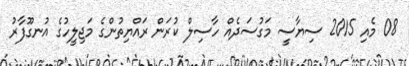
08 މެއި 2015 ސިޔާސީ މަގުސަދެއް ހާސިލް ކުރަން ރައްޔިތުންގެ މަޖިލީހުގެ އުނގޫފާރު